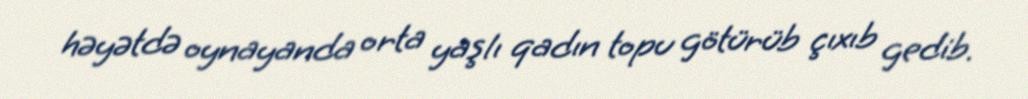
həyətdə oynayanda orta yaşlı qadın topu götürüb çıxıb gedib.